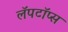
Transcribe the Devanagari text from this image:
लॅपटॉप्स